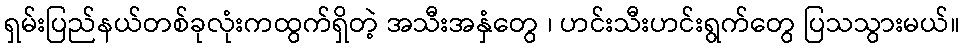
ရှမ်းပြည်နယ်တစ်ခုလုံးကထွက်ရှိတဲ့ အသီးအနှံတွေ ၊ ဟင်းသီးဟင်းရွက်တွေ ပြသသွားမယ်။